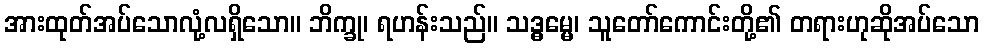
အားထုတ်အပ်သောလုံ့လရှိသော။ ဘိက္ခု၊ ရဟန်းသည်။ သဒ္ဓမ္မေ၊ သူတော်ကောင်းတို့၏ တရားဟုဆိုအပ်သော